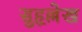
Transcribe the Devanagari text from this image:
सुहृल्लेख